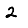
Digit: 2